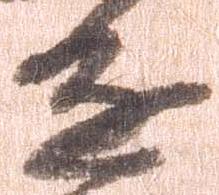
進